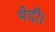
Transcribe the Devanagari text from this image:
भेदी।